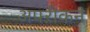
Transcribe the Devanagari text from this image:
अफ्ऱीकन